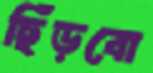
ছিঁড়বো